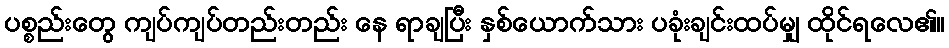
ပစ္စည်းတွေ ကျပ်ကျပ်တည်းတည်း နေ ရာချပြီး နှစ်ယောက်သား ပခုံးချင်းထပ်မျှ ထိုင်ရလေ၏။